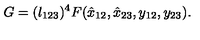
G = ( \l _ { 1 2 3 } ) ^ { 4 } F ( \hat { x } _ { 1 2 } , \hat { x } _ { 2 3 } , y _ { 1 2 } , y _ { 2 3 } ) .